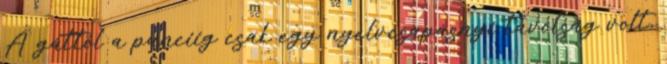
A gáttól a punciig csak egy nyelvcsapásnyi távolság volt,